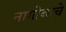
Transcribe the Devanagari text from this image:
नागोबाचे